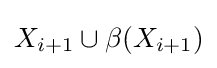
X_{i+1}\cup \beta (X_{i+1})